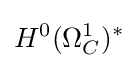
H^{0}(\Omega _{C}^{1})^{*}